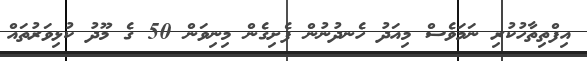
އިފްތިތާހުކުރި ނަމަވެސް މިއަދު ހެނދުނުން ފެށިގެން މިނިވަން 50 ގެ މޫދު ކުޅިވަރުތައް